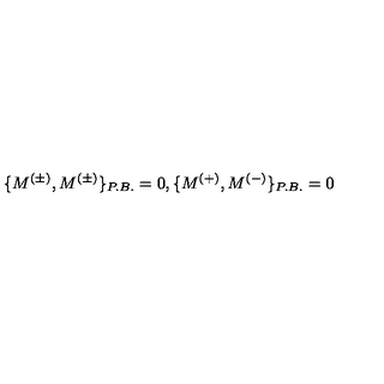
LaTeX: \{ M ^ { ( \pm ) } , M ^ { ( \pm ) } \} _ { P . B . } = 0 , \{ M ^ { ( + ) } , M ^ { ( - ) } \} _ { P . B . } = 0